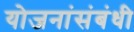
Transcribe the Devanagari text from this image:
योजनांसंबंधी